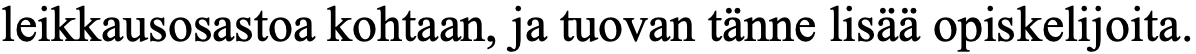
leikkausosastoa kohtaan, ja tuovan tänne lisää opiskelijoita.